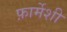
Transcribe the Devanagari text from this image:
फ़ार्मेशी